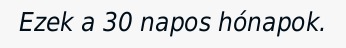
Ezek a 30 napos hónapok.